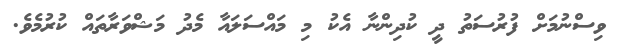
ވިސްނުމަށް ފުރުސަތު ދީ ކުދިންނާ އެކު މި މައްސަލައާ މެދު މަޝްވަރާތައް ކުރުމެވެ.